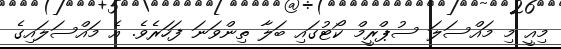
މިއީ މި މައްސަލަ ސުޕްރީމް ކޯޓުގައި ބަލާ ތިންވަނަ ފަހަރެވެ. އެ މައްސަލައިގެ